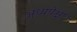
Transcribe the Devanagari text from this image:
अध्यपेक्षा